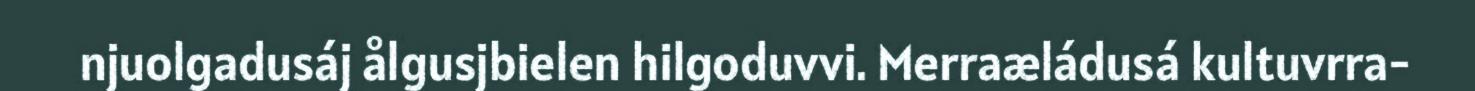
njuolgadusáj ålgusjbielen hilgoduvvi. Merraæládusá kultuvrra-